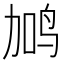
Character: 𬸇